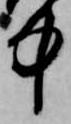
中